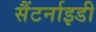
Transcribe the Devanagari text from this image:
सैंटर्नाइडी